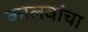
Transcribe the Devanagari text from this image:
कालवांचा